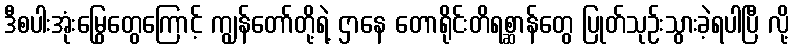
ဒီစပါးအုံးမြွေတွေကြောင့် ကျွန်တော်တို့ရဲ့ ဌာနေ တောရိုင်းတိရစ္ဆာန်တွေ ပြုတ်သုဉ်းသွားခဲ့ရပါပြီ လို့